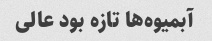
آبمیوه‌ها تازه بود عالی